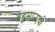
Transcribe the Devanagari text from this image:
बहुमानाची